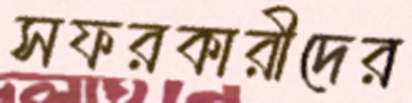
সফরকারীদের